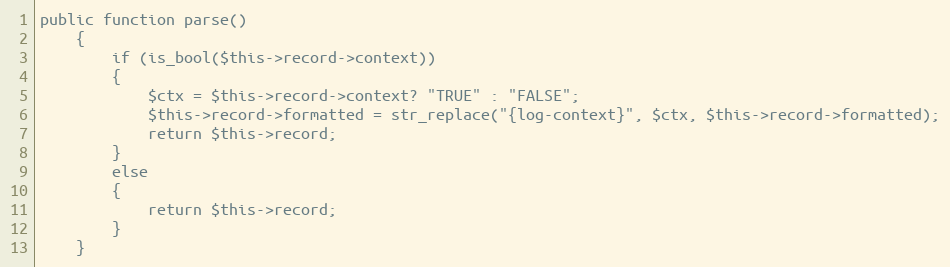
Language: PHP
public function parse()
	{
		if (is_bool($this->record->context))
		{
			$ctx = $this->record->context? "TRUE" : "FALSE";
			$this->record->formatted = str_replace("{log-context}", $ctx, $this->record->formatted);
			return $this->record;
		}
		else
		{
			return $this->record;
		}
	}